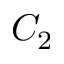
C _ { 2 }